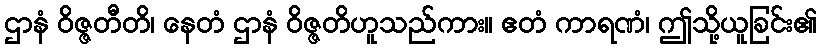
ဌာနံ ဝိဇ္ဇတီတိ၊ နေတံ ဌာနံ ဝိဇ္ဇတိဟူသည်ကား။ ဧတံ ကာရဏံ၊ ဤသို့ယူခြင်း၏